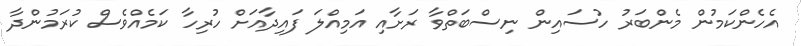
އެހެންކަމުން މެންބަރު ހުސައިން ނިސްބަތްވާ ރަށާއި އަމިއްލަ ފައިދާއަށް ހުރިހާ ކަމެއްވެސް ކުރަމުންދާ